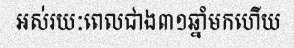
អស់រយៈពេលជាង៣១ឆ្នាំមកហើយ